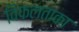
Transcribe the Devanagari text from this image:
विफलताका